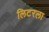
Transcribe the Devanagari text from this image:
लिटरला